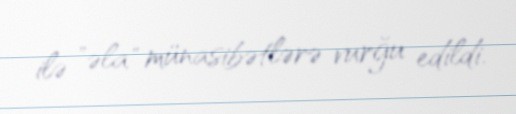
ilə "əla" münasibətlərə vurğu edildi.